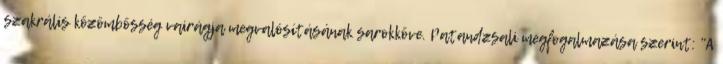
szakrális közömbösség vairágja megvalósításának sarokköve. Patandzsali megfogalmazása szerint: "A